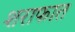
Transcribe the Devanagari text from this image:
शराफात